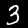
Digit: 3